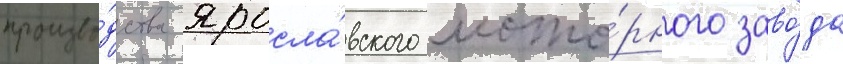
произво́дства яросла́вского мото́рного заво́да